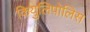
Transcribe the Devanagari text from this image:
कियुलिपोलिस